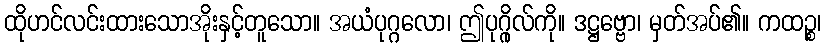
ထိုဟင်လင်းထားသောအိုးနှင့်တူသော။ အယံပုဂ္ဂလော၊ ဤပုဂ္ဂိုလ်ကို။ ဒဋ္ဌဗ္ဗော၊ မှတ်အပ်၏။ ကထဉ္စ၊